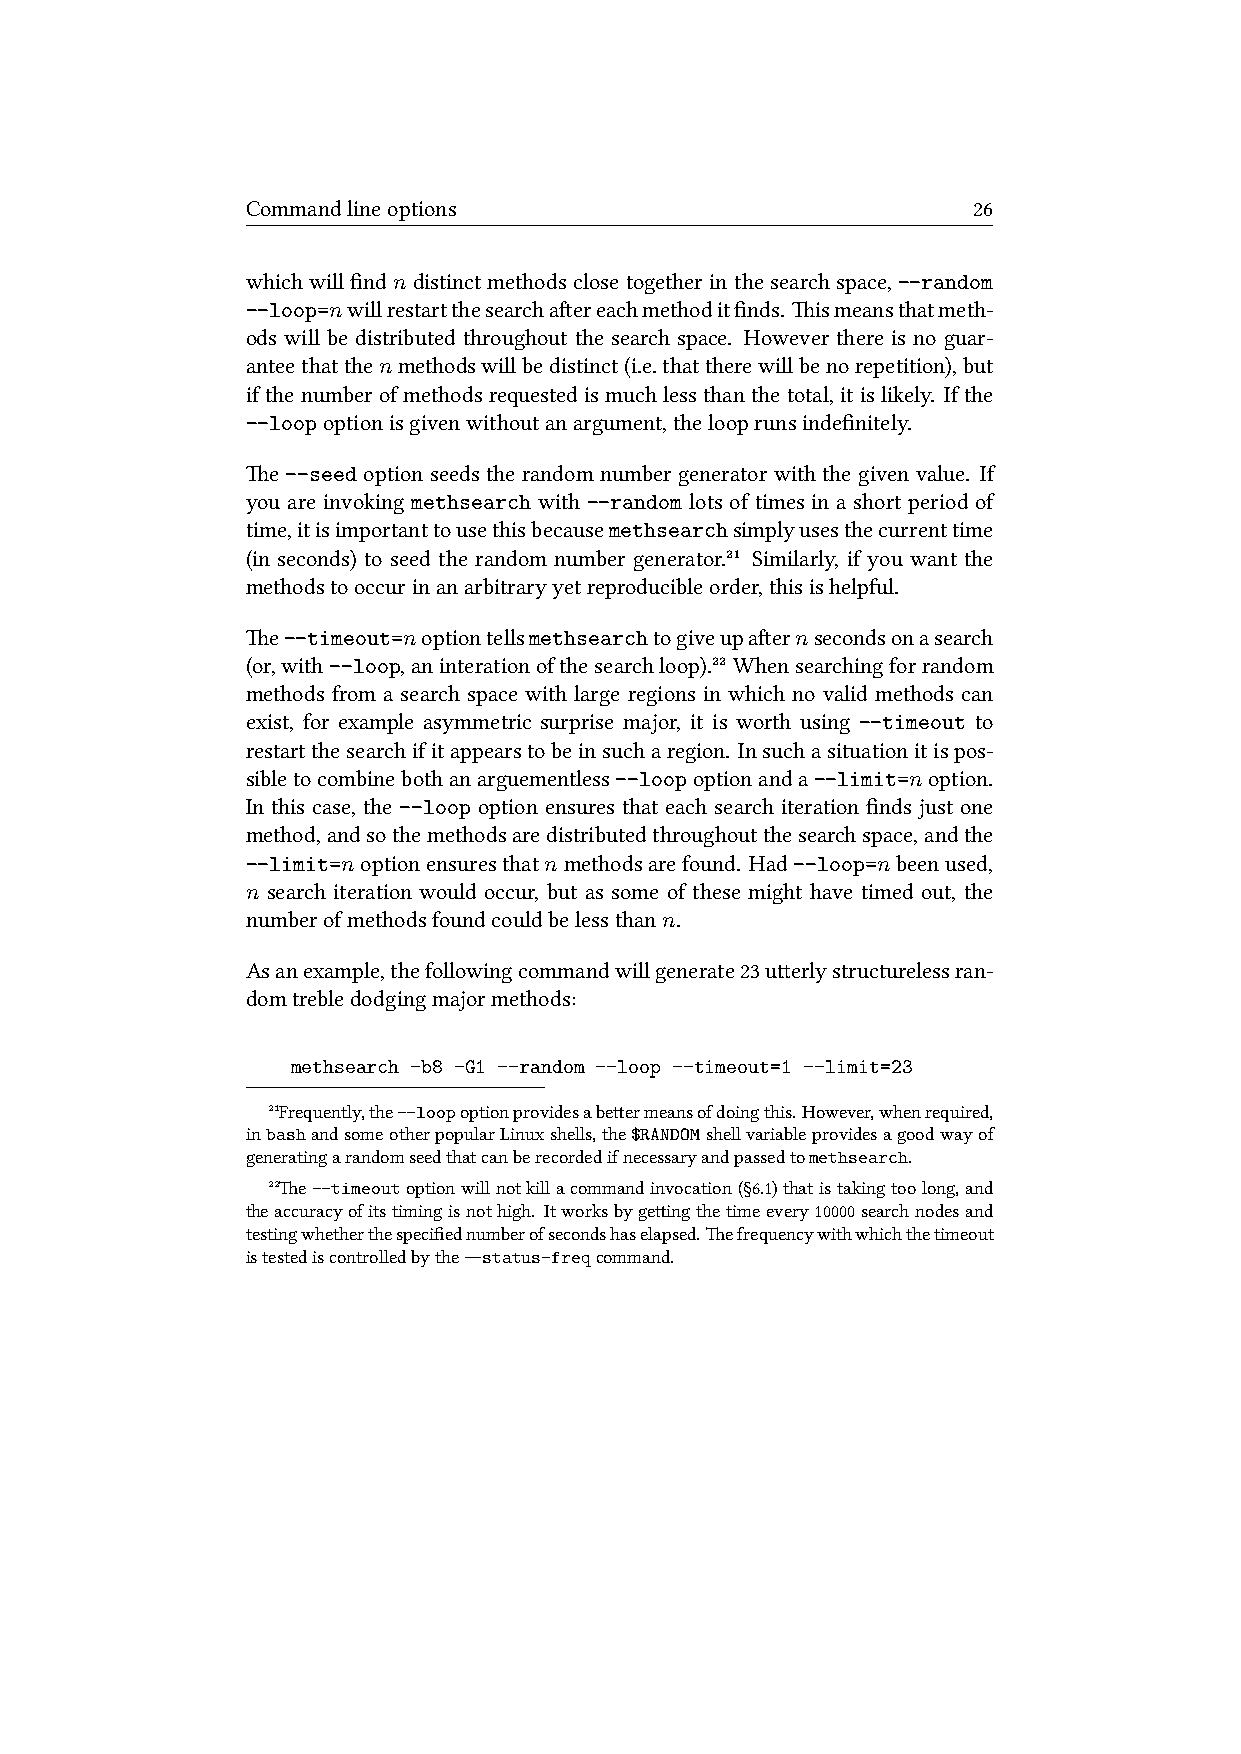
Commandlineoptions                              26
 which will find n distinct methods close together in the search space, --random
 --loop=nwillrestartthesearchaereachmethoditfinds. ismeansthatmeth-
 ods will be distributed throughout the search space. However there is no guar-
 anteethatthenmethodswillbedistinct(i.e.thattherewillbenorepetition),but
 ifthenumberofmethodsrequestedismuchlessthanthetotal, itislikely. Ifthe
 --loopoptionisgivenwithoutanargument,thelooprunsindefinitely.
 e --seed option seeds the random number generator with the given value. If
 you are invoking methsearch with --random lots of times in a short period of
 time,itisimportanttousethisbecausemethsearchsimplyusesthecurrenttime
 (in seconds) to seed the random number generator.²¹ Similarly, if you want the
 methodstooccurinanarbitraryyetreproducibleorder,thisishelpful.
 e--timeout=noptiontellsmethsearchtogiveupaernsecondsonasearch
 (or,with--loop,aninterationofthesearchloop).²² Whensearchingforrandom
 methods from a search space with large regions in which no valid methods can
 exist, for example asymmetric surprise major, it is worth using --timeout to
 restartthesearchifitappearstobeinsucharegion. Insuchasituationitispos-
 sibletocombinebothanarguementless--loopoptionanda--limit=noption.
 In this case, the --loop option ensures that each search iteration finds just one
 method,andsothemethodsaredistributedthroughoutthesearchspace,andthe
 --limit=noptionensuresthatnmethodsarefound. Had--loop=nbeenused,
 n search iteration would occur, but as some of these might have timed out, the
 numberofmethodsfoundcouldbelessthann.
 Asanexample,thefollowingcommandwillgenerate23uerlystructurelessran-
 domtrebledodgingmajormethods:
 methsearch -b8 -G1 --random --loop --timeout=1 --limit=23
 ²¹Frequently,the--loopoptionprovidesabeermeansofdoingthis.However,whenrequired,
 inbashandsomeotherpopularLinuxshells,the$RANDOMshellvariableprovidesagoodwayof
 generatingarandomseedthatcanberecordedifnecessaryandpassedtomethsearch.
 ²²e--timeoutoptionwillnotkillacommandinvocation(§6.1)thatistakingtoolong,and
 theaccuracyofitstimingisnothigh. Itworksbygeingthetimeevery10000searchnodesand
 testingwhetherthespecifiednumberofsecondshaselapsed.efrequencywithwhichthetimeout
 istestediscontrolledbythe--status-freqcommand.